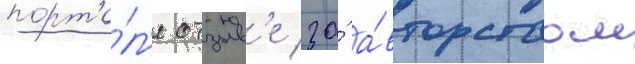
порта́л'е отзыв'е за́ а́вторством